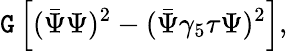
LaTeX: \mathtt{G}\left[(\bar{{\Psi}}\Psi)^{2}-(\bar{{\Psi}}\gamma_{5}{\mathbf{\tau}}\Psi)^{2}\right],